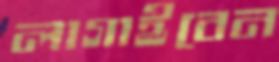
লাগাইবেন